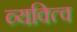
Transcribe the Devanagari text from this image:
व्यक्त्वि